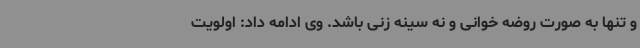
و تنها به صورت روضه خوانی و نه سینه زنی باشد. وی ادامه داد: اولویت